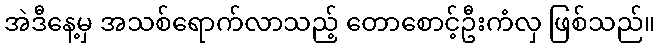
အဲဒီနေ့မှ အသစ်ရောက်လာသည့် တောစောင့်ဦးကံလှ ဖြစ်သည်။